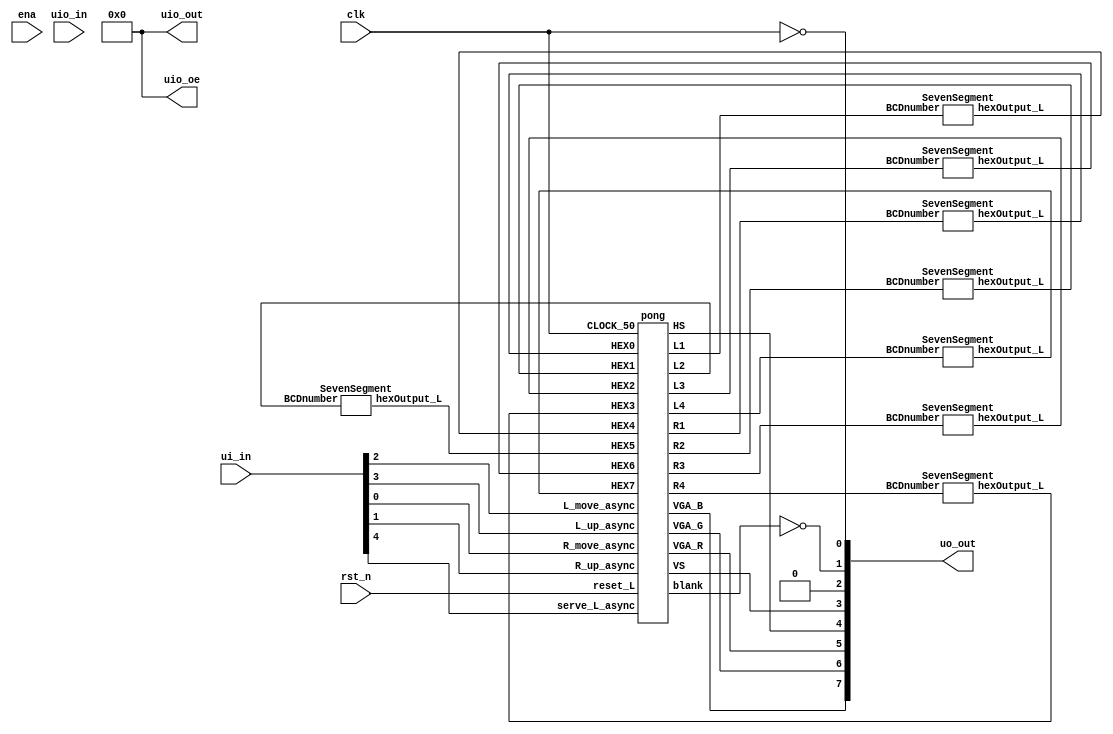
`default_nettype none
module tt_um_vzayakov_top (
	ui_in,
	uo_out,
	uio_in,
	uio_out,
	uio_oe,
	ena,
	clk,
	rst_n
);
	input wire [7:0] ui_in;
	output wire [7:0] uo_out;
	input wire [7:0] uio_in;
	output wire [7:0] uio_out;
    output wire [7:0] uio_oe;
	input wire ena;
	input wire clk;
	input wire rst_n;
	wire R_move_switch;
	wire R_up_switch;
	wire L_move_switch;
	wire L_up_switch;
	wire serve_L_button;
	wire VGA_BLANK_N;
	wire VGA_CLK;
	wire VGA_SYNC_N;
	wire VGA_VS;
	wire VGA_HS;
	wire VGA_R;
	wire VGA_G;
	wire VGA_B;
	wire [6:0] HEX0;
	wire [6:0] HEX1;
	wire [6:0] HEX2;
	wire [6:0] HEX3;
	wire [6:0] HEX4;
	wire [6:0] HEX5;
	wire [6:0] HEX6;
	wire [6:0] HEX7;
	wire blank;
	wire [8:0] row;
	wire [9:0] col;
	wire [3:0] L1;
	wire [3:0] L2;
	wire [3:0] L3;
	wire [3:0] L4;
	wire [3:0] R1;
	wire [3:0] R2;
	wire [3:0] R3;
	wire [3:0] R4;
	assign R_move_switch = ui_in[0];
	assign R_up_switch = ui_in[1];
	assign L_move_switch = ui_in[2];
	assign L_up_switch = ui_in[3];
	assign serve_L_button = ui_in[4];
	assign uo_out[0] = VGA_CLK;
	assign uo_out[1] = VGA_BLANK_N;
	assign uo_out[2] = VGA_SYNC_N;
	assign uo_out[3] = VGA_VS;
	assign uo_out[4] = VGA_HS;
	assign uo_out[5] = VGA_R;
	assign uo_out[6] = VGA_G;
	assign uo_out[7] = VGA_B;
	assign VGA_SYNC_N = 1'b0;
	assign VGA_BLANK_N = ~blank;
	assign VGA_CLK = ~clk;
	assign uio_out = 8'b0;
	assign uio_oe = 8'b0;
	pong DUT(
		.serve_L_async(serve_L_button),
		.reset_L(rst_n),
		.CLOCK_50(clk),
		.R_move_async(R_move_switch),
		.R_up_async(R_up_switch),
		.L_move_async(L_move_switch),
		.L_up_async(L_up_switch),
		.VGA_R(VGA_R),
		.VGA_G(VGA_G),
		.VGA_B(VGA_B),
		.HS(VGA_HS),
		.VS(VGA_VS),
		.blank(blank),
		.HEX0(HEX0),
		.HEX1(HEX1),
		.HEX2(HEX2),
		.HEX3(HEX3),
		.HEX4(HEX4),
		.HEX5(HEX5),
		.HEX6(HEX6),
		.HEX7(HEX7),
		.L1(L1),
		.L2(L2),
		.L3(L3),
		.L4(L4),
		.R1(R1),
		.R2(R2),
		.R3(R3),
		.R4(R4)
	);
	SevenSegment SSL1(
		.BCDnumber(L1),
		.hexOutput_L(HEX4)
	);
	SevenSegment SSL2(
		.BCDnumber(L2),
		.hexOutput_L(HEX5)
	);
	SevenSegment SSL3(
		.BCDnumber(L3),
		.hexOutput_L(HEX6)
	);
	SevenSegment SSL4(
		.BCDnumber(L4),
		.hexOutput_L(HEX7)
	);
	SevenSegment SSR1(
		.BCDnumber(R1),
		.hexOutput_L(HEX0)
	);
	SevenSegment SSR2(
		.BCDnumber(R2),
		.hexOutput_L(HEX1)
	);
	SevenSegment SSR3(
		.BCDnumber(R3),
		.hexOutput_L(HEX2)
	);
	SevenSegment SSR4(
		.BCDnumber(R4),
		.hexOutput_L(HEX3)
	);
endmodule
module SevenSegment (
	BCDnumber,
	hexOutput_L
);
	input wire [3:0] BCDnumber;
	output reg [6:0] hexOutput_L;
	always @(*)
		case (BCDnumber)
			4'd0: hexOutput_L = 7'b1000000;
			4'd1: hexOutput_L = 7'b1111001;
			4'd2: hexOutput_L = 7'b0100100;
			4'd3: hexOutput_L = 7'b0110000;
			4'd4: hexOutput_L = 7'b0011001;
			4'd5: hexOutput_L = 7'b0010010;
			4'd6: hexOutput_L = 7'b0000011;
			4'd7: hexOutput_L = 7'b1111000;
			4'd8: hexOutput_L = 7'b0000000;
			4'd9: hexOutput_L = 7'b0011000;
			default: hexOutput_L = 7'b1111111;
		endcase
endmodule
module pong (
	serve_L_async,
	reset_L,
	CLOCK_50,
	R_move_async,
	R_up_async,
	L_move_async,
	L_up_async,
	HEX0,
	HEX1,
	HEX2,
	HEX3,
	HEX4,
	HEX5,
	HEX6,
	HEX7,
	VGA_R,
	VGA_G,
	VGA_B,
	HS,
	VS,
	blank,
	L1,
	L2,
	L3,
	L4,
	R1,
	R2,
	R3,
	R4
);
	input wire serve_L_async;
	input wire reset_L;
	input wire CLOCK_50;
	input wire R_move_async;
	input wire R_up_async;
	input wire L_move_async;
	input wire L_up_async;
	input wire [6:0] HEX0;
	input wire [6:0] HEX1;
	input wire [6:0] HEX2;
	input wire [6:0] HEX3;
	input wire [6:0] HEX4;
	input wire [6:0] HEX5;
	input wire [6:0] HEX6;
	input wire [6:0] HEX7;
	output wire VGA_R;
	output wire VGA_G;
	output wire VGA_B;
	output wire HS;
	output wire VS;
	output wire blank;
	output wire [3:0] L1;
	output wire [3:0] L2;
	output wire [3:0] L3;
	output wire [3:0] L4;
	output wire [3:0] R1;
	output wire [3:0] R2;
	output wire [3:0] R3;
	output wire [3:0] R4;
	wire [8:0] row;
	wire [8:0] sum_left;
	wire [8:0] sum_right;
	wire [8:0] Q_BR;
	wire [8:0] LPad_row;
	wire [8:0] RPad_row;
	wire [9:0] col;
	wire [9:0] Q_BC;
	wire is_btwn_LPad;
	wire is_btwn_RPad;
	wire reset_paddle;
	wire reset_ballcol;
	wire reset_ballrow;
	wire preset_left;
	wire reset_left;
	wire preset_up;
	wire reset_up;
	wire clr_score;
	wire en_BR;
	wire en_BC;
	wire en_LPadR;
	wire en_RPadR;
	wire en_Lscore;
	wire en_Rscore;
	wire showScoreRight;
	wire showScoreLeft;
	wire LWin;
	wire RWin;
	reg D_left;
	wire VS_display_done;
	wire rightHit;
	wire leftHit;
	wire up;
	wire left;
	reg in_done;
	wire out_done;
	wire R_move;
	wire R_up;
	wire L_move;
	wire L_up;
	wire serve_L;
	wire isB_L1;
	wire isB_R1;
	wire isB_L2;
	wire isB_R2;
	wire isB_L3;
	wire isB_R3;
	wire isB_L4;
	wire isB_R4;
	vga vg(
		.reset(~reset_L),
		.CLOCK_50(CLOCK_50),
		.HS(HS),
		.VS(VS),
		.blank(blank),
		.row(row),
		.col(col)
	);
	Synchronizer sync1(
		.async(serve_L_async),
		.clock(CLOCK_50),
		.sync(serve_L)
	);
	Synchronizer sync2(
		.async(R_move_async),
		.clock(CLOCK_50),
		.sync(R_move)
	);
	Synchronizer sync3(
		.async(R_up_async),
		.clock(CLOCK_50),
		.sync(R_up)
	);
	Synchronizer sync4(
		.async(L_move_async),
		.clock(CLOCK_50),
		.sync(L_move)
	);
	Synchronizer sync5(
		.async(L_up_async),
		.clock(CLOCK_50),
		.sync(L_up)
	);
	pong_fsm pfsm(
		.serve_L(serve_L),
		.reset_L(reset_L),
		.LWin(LWin),
		.RWin(RWin),
		.CLOCK_50(CLOCK_50),
		.VS_display_done(VS_display_done),
		.reset_paddle(reset_paddle),
		.reset_ballcol(reset_ballcol),
		.reset_ballrow(reset_ballrow),
		.preset_left(preset_left),
		.preset_up(preset_up),
		.reset_left(reset_left),
		.reset_up(reset_up),
		.clr_score(clr_score),
		.en_BR(en_BR),
		.en_BC(en_BC),
		.en_LPadR(en_LPadR),
		.en_RPadR(en_RPadR),
		.en_Lscore(en_Lscore),
		.en_Rscore(en_Rscore),
		.showScoreRight(showScoreRight),
		.showScoreLeft(showScoreLeft)
	);
	Ball b(
		.clock(CLOCK_50),
		.reset_ballrow(reset_ballrow),
		.reset_ballcol(reset_ballcol),
		.reset_left(reset_left),
		.preset_left(preset_left),
		.reset_up(reset_up),
		.en_BR(en_BR),
		.en_BC(en_BC),
		.D_left(D_left),
		.leftHit(leftHit),
		.rightHit(rightHit),
		.RWin(RWin),
		.LWin(LWin),
		.Q_BC(Q_BC),
		.Q_BR(Q_BR),
		.up(up),
		.left(left)
	);
	Paddle leftPaddle(
		.en_P(en_LPadR),
		.move(L_move),
		.clock(CLOCK_50),
		.reset_paddle(reset_paddle),
		.up(L_up),
		.Q_P(LPad_row)
	);
	Paddle rightPaddle(
		.en_P(en_RPadR),
		.move(R_move),
		.clock(CLOCK_50),
		.reset_paddle(reset_paddle),
		.up(R_up),
		.Q_P(RPad_row)
	);
	Color c(
		.VGA_row(row),
		.VGA_col(col),
		.Q_BR(Q_BR),
		.Q_BC(Q_BC),
		.Q_LP(LPad_row),
		.Q_RP(RPad_row),
		.VGA_R(VGA_R),
		.VGA_G(VGA_G),
		.VGA_B(VGA_B),
		.showScoreRight(showScoreRight),
		.showScoreLeft(showScoreLeft),
		.isB_L1(isB_L1),
		.isB_R1(isB_R1),
		.isB_L2(isB_L2),
		.isB_R2(isB_R2),
		.isB_L3(isB_L3),
		.isB_R3(isB_R3),
		.isB_L4(isB_L4),
		.isB_R4(isB_R4)
	);
	Scoring s(
		.en_Rscore(en_Rscore),
		.en_Lscore(en_Lscore),
		.clr_score(clr_score),
		.CLOCK_50(CLOCK_50),
		.L1(L1),
		.L2(L2),
		.L3(L3),
		.L4(L4),
		.R1(R1),
		.R2(R2),
		.R3(R3),
		.R4(R4)
	);
	ScoreOnDisplay scoreL1(
		.rowChoice(9'd64),
		.colChoice(10'd200),
		.curr_row(row),
		.curr_col(col),
		.hexOutput_L(HEX4),
		.is_between(isB_L1)
	);
	ScoreOnDisplay scoreR1(
		.rowChoice(9'd64),
		.colChoice(10'd540),
		.curr_row(row),
		.curr_col(col),
		.hexOutput_L(HEX0),
		.is_between(isB_R1)
	);
	ScoreOnDisplay scoreL2(
		.rowChoice(9'd64),
		.colChoice(10'd160),
		.curr_row(row),
		.curr_col(col),
		.hexOutput_L(HEX5),
		.is_between(isB_L2)
	);
	ScoreOnDisplay scoreR2(
		.rowChoice(9'd64),
		.colChoice(10'd500),
		.curr_row(row),
		.curr_col(col),
		.hexOutput_L(HEX1),
		.is_between(isB_R2)
	);
	ScoreOnDisplay scoreL3(
		.rowChoice(9'd64),
		.colChoice(10'd120),
		.curr_row(row),
		.curr_col(col),
		.hexOutput_L(HEX6),
		.is_between(isB_L3)
	);
	ScoreOnDisplay scoreR3(
		.rowChoice(9'd64),
		.colChoice(10'd460),
		.curr_row(row),
		.curr_col(col),
		.hexOutput_L(HEX2),
		.is_between(isB_R3)
	);
	ScoreOnDisplay scoreL4(
		.rowChoice(9'd64),
		.colChoice(10'd80),
		.curr_row(row),
		.curr_col(col),
		.hexOutput_L(HEX7),
		.is_between(isB_L4)
	);
	ScoreOnDisplay scoreR4(
		.rowChoice(9'd64),
		.colChoice(10'd420),
		.curr_row(row),
		.curr_col(col),
		.hexOutput_L(HEX3),
		.is_between(isB_R4)
	);
	DFlipFlop doneff(
		.D(in_done),
		.Q(out_done),
		.clock(CLOCK_50),
		.preset_L(),
		.reset_L()
	);
	always @(*)
		if (VS_display_done)
			in_done = 1'b1;
		else
			in_done = 1'b0;
	assign VS_display_done = (((row == 9'd479) && (col == 10'd639)) && ~out_done ? 1'b1 : 1'b0);
	Adder #(.WIDTH(9)) addL(
		.A(Q_BR),
		.B(9'd3),
		.Cin(1'b0),
		.Sum(sum_left),
		.Cout()
	);
	Adder #(.WIDTH(9)) addR(
		.A(Q_BR),
		.B(9'd3),
		.Cin(1'b0),
		.Sum(sum_right),
		.Cout()
	);
	OffsetCheck #(.WIDTH(9)) oc_left(
		.low(LPad_row),
		.delta(9'd51),
		.val(sum_left),
		.is_between(is_btwn_LPad)
	);
	OffsetCheck #(.WIDTH(9)) oc_right(
		.low(RPad_row),
		.delta(9'd51),
		.val(sum_right),
		.is_between(is_btwn_RPad)
	);
	always @(*)
		if ((is_btwn_RPad && rightHit) && VS_display_done)
			D_left = 1'b1;
		else if ((is_btwn_LPad && leftHit) && VS_display_done)
			D_left = 1'b0;
		else
			D_left = left;
endmodule
module pong_fsm (
	serve_L,
	reset_L,
	LWin,
	RWin,
	CLOCK_50,
	VS_display_done,
	reset_paddle,
	reset_ballcol,
	reset_ballrow,
	preset_left,
	preset_up,
	reset_left,
	reset_up,
	clr_score,
	en_BR,
	en_BC,
	en_LPadR,
	en_RPadR,
	en_Lscore,
	en_Rscore,
	showScoreRight,
	showScoreLeft
);
	input wire serve_L;
	input wire reset_L;
	input wire LWin;
	input wire RWin;
	input wire CLOCK_50;
	input wire VS_display_done;
	output reg reset_paddle;
	output reg reset_ballcol;
	output reg reset_ballrow;
	output reg preset_left;
	output reg preset_up;
	output reg reset_left;
	output reg reset_up;
	output reg clr_score;
	output reg en_BR;
	output reg en_BC;
	output reg en_LPadR;
	output reg en_RPadR;
	output reg en_Lscore;
	output reg en_Rscore;
	output reg showScoreRight;
	output reg showScoreLeft;
	wire [3:0] currState;
	reg [3:0] nextState;
	DFlipFlop dff0(
		.D(nextState[0]),
		.Q(currState[0]),
		.clock(CLOCK_50),
		.reset_L(reset_L),
		.preset_L(1'b1)
	);
	DFlipFlop dff1(
		.D(nextState[1]),
		.Q(currState[1]),
		.clock(CLOCK_50),
		.reset_L(reset_L),
		.preset_L(1'b1)
	);
	DFlipFlop dff2(
		.D(nextState[2]),
		.Q(currState[2]),
		.clock(CLOCK_50),
		.reset_L(reset_L),
		.preset_L(1'b1)
	);
	DFlipFlop dff3(
		.D(nextState[3]),
		.Q(currState[3]),
		.clock(CLOCK_50),
		.reset_L(reset_L),
		.preset_L(1'b1)
	);
	always @(*) begin
		reset_paddle = 1'b0;
		reset_ballcol = 1'b0;
		reset_ballrow = 1'b0;
		preset_left = 1'b0;
		preset_up = 1'b0;
		reset_left = 1'b0;
		reset_up = 1'b0;
		clr_score = 1'b0;
		en_BR = 1'b0;
		en_BC = 1'b0;
		en_LPadR = 1'b0;
		en_RPadR = 1'b0;
		en_Lscore = 1'b0;
		en_Rscore = 1'b0;
		showScoreLeft = 1'b0;
		showScoreRight = 1'b0;
		case (currState)
			4'b0000: begin
				nextState = 4'b0001;
				reset_up = 1'b1;
				reset_left = 1'b1;
				reset_paddle = 1'b1;
				reset_ballcol = 1'b1;
				reset_ballrow = 1'b1;
				clr_score = 1'b1;
				en_BR = 1'b1;
				en_BC = 1'b1;
				en_LPadR = 1'b1;
				en_RPadR = 1'b1;
			end
			4'b0001:
				if (~serve_L && VS_display_done)
					nextState = 4'b0011;
				else
					nextState = 4'b0001;
			4'b0010: begin
				nextState = 4'b0100;
				preset_left = 1'b1;
				reset_up = 1'b1;
				en_BR = 1'b1;
				en_BC = 1'b1;
				en_LPadR = 1'b1;
				en_RPadR = 1'b1;
			end
			4'b0011: begin
				nextState = 4'b0100;
				reset_left = 1'b1;
				reset_up = 1'b1;
				en_BR = 1'b1;
				en_BC = 1'b1;
				en_LPadR = 1'b1;
				en_RPadR = 1'b1;
			end
			4'b0100:
				if (LWin && VS_display_done)
					nextState = 4'b0101;
				else if (RWin && VS_display_done)
					nextState = 4'b0110;
				else if (VS_display_done)
					nextState = 4'b1001;
				else
					nextState = 4'b0100;
			4'b1001: begin
				nextState = 4'b0100;
				en_BR = 1'b1;
				en_BC = 1'b1;
				en_LPadR = 1'b1;
				en_RPadR = 1'b1;
			end
			4'b0101: begin
				nextState = 4'b0111;
				reset_up = 1'b1;
				reset_paddle = 1'b1;
				reset_ballcol = 1'b1;
				reset_ballrow = 1'b1;
				en_BR = 1'b1;
				en_BC = 1'b1;
				en_Lscore = 1'b1;
				en_LPadR = 1'b1;
				en_RPadR = 1'b1;
			end
			4'b0110: begin
				nextState = 4'b1000;
				reset_up = 1'b1;
				reset_paddle = 1'b1;
				reset_ballcol = 1'b1;
				reset_ballrow = 1'b1;
				en_BR = 1'b1;
				en_BC = 1'b1;
				en_Rscore = 1'b1;
				en_LPadR = 1'b1;
				en_RPadR = 1'b1;
			end
			4'b0111: begin
				if (~serve_L && VS_display_done)
					nextState = 4'b0011;
				else
					nextState = 4'b0111;
				showScoreLeft = 1'b1;
			end
			4'b1000: begin
				if (~serve_L && VS_display_done)
					nextState = 4'b0010;
				else
					nextState = 4'b1000;
				showScoreRight = 1'b1;
			end
			default:
				nextState = 4'b0000;
		endcase
	end
endmodule
module Ball (
	clock,
	reset_ballrow,
	reset_ballcol,
	reset_left,
	preset_left,
	reset_up,
	en_BR,
	en_BC,
	D_left,
	leftHit,
	rightHit,
	RWin,
	LWin,
	Q_BC,
	Q_BR,
	up,
	left
);
	input wire clock;
	input wire reset_ballrow;
	input wire reset_ballcol;
	input wire reset_left;
	input wire preset_left;
	input wire reset_up;
	input wire en_BR;
	input wire en_BC;
	input wire D_left;
	output wire leftHit;
	output wire rightHit;
	output wire RWin;
	output wire LWin;
	output wire [9:0] Q_BC;
	output wire [8:0] Q_BR;
	output wire up;
	output wire left;
	wire cout1;
	wire cout2;
	wire ballTop;
	wire ballBottom;
	wire [9:0] addLeftIn;
	wire [9:0] D_BC;
	wire [8:0] D_BR;
	wire [8:0] addUpIn;
	wire Q_up;
	wire Q_left;
	reg D_up;
	wire [8:0] resetBallRow;
	wire [9:0] resetBallCol;
	Register #(.WIDTH(9)) BallRow(
		.en(en_BR),
		.clear(1'b0),
		.D(D_BR),
		.Q(Q_BR),
		.clock(clock)
	);
	Register #(.WIDTH(10)) BallCol(
		.en(en_BC),
		.clear(1'b0),
		.D(D_BC),
		.Q(Q_BC),
		.clock(clock)
	);
	Mux2to1 #(.WIDTH(9)) MuxUp(
		.I0(9'd1),
		.I1(9'b111111111),
		.S(Q_up),
		.Y(addUpIn)
	);
	Mux2to1 #(.WIDTH(10)) MuxLeft(
		.I0(10'd2),
		.I1(10'b1111111110),
		.S(Q_left),
		.Y(addLeftIn)
	);
	Adder #(.WIDTH(9)) RowAdd(
		.Cin(1'b0),
		.Cout(cout1),
		.A(addUpIn),
		.B(Q_BR),
		.Sum(resetBallRow)
	);
	Adder #(.WIDTH(10)) ColAdd(
		.Cin(1'b0),
		.Cout(cout2),
		.A(addLeftIn),
		.B(Q_BC),
		.Sum(resetBallCol)
	);
	Mux2to1 #(.WIDTH(9)) ResetRow(
		.I0(resetBallRow),
		.I1(9'd238),
		.S(reset_ballrow),
		.Y(D_BR)
	);
	Mux2to1 #(.WIDTH(10)) ResetCol(
		.I0(resetBallCol),
		.I1(10'd318),
		.S(reset_ballcol),
		.Y(D_BC)
	);
	MagComp #(.WIDTH(9)) mc1(
		.A(Q_BR),
		.B(9'd0),
		.AltB(),
		.AgtB(),
		.AeqB(ballTop)
	);
	MagComp #(.WIDTH(9)) mc2(
		.A(Q_BR),
		.B(9'd476),
		.AltB(),
		.AgtB(),
		.AeqB(ballBottom)
	);
	MagComp #(.WIDTH(10)) mc3(
		.A(Q_BC),
		.B(10'd64),
		.AltB(),
		.AgtB(),
		.AeqB(leftHit)
	);
	MagComp #(.WIDTH(10)) mc4(
		.A(Q_BC),
		.B(10'd572),
		.AltB(),
		.AgtB(),
		.AeqB(rightHit)
	);
	MagComp #(.WIDTH(10)) mc5(
		.A(Q_BC),
		.B(10'd0),
		.AltB(),
		.AgtB(),
		.AeqB(RWin)
	);
	MagComp #(.WIDTH(10)) mc6(
		.A(Q_BC),
		.B(10'd636),
		.AltB(),
		.AgtB(),
		.AeqB(LWin)
	);
	DFlipFlop leftff(
		.D(D_left),
		.preset_L(~preset_left),
		.reset_L(~reset_left),
		.clock(clock),
		.Q(Q_left)
	);
	DFlipFlop upff(
		.D(D_up),
		.preset_L(1'b1),
		.reset_L(~reset_up),
		.clock(clock),
		.Q(Q_up)
	);
	assign up = Q_up;
	assign left = Q_left;
	always @(*)
		if (ballTop)
			D_up = 1'b0;
		else if (ballBottom)
			D_up = 1'b1;
		else
			D_up = Q_up;
endmodule
module Paddle (
	en_P,
	move,
	clock,
	reset_paddle,
	up,
	Q_P
);
	input wire en_P;
	input wire move;
	input wire clock;
	input wire reset_paddle;
	input wire up;
	output wire [8:0] Q_P;
	wire cout;
	wire bounds0lt;
	wire bounds1gt;
	reg [8:0] AddIn;
	wire [8:0] D_P;
	wire [8:0] M_P;
	Register #(.WIDTH(9)) PaddleRow(
		.en(en_P),
		.clear(1'b0),
		.D(D_P),
		.Q(Q_P),
		.clock(clock)
	);
	Adder #(.WIDTH(9)) PaddleRowAdd(
		.A(AddIn),
		.B(Q_P),
		.Cin(1'b0),
		.Sum(M_P),
		.Cout(cout)
	);
	Mux2to1 #(.WIDTH(9)) resetPaddle(
		.I0(M_P),
		.I1(9'd215),
		.S(reset_paddle),
		.Y(D_P)
	);
	MagComp #(.WIDTH(9)) bounds0(
		.A(Q_P),
		.B(9'd5),
		.AltB(bounds0lt),
		.AgtB(),
		.AeqB()
	);
	MagComp #(.WIDTH(9)) bounds1(
		.A(Q_P),
		.B(9'd426),
		.AltB(),
		.AgtB(bounds1gt),
		.AeqB()
	);
	always @(*)
		if (bounds0lt & up)
			case (Q_P)
				9'd4: AddIn = 9'b111111100;
				9'd3: AddIn = 9'b111111101;
				9'd2: AddIn = 9'b111111110;
				9'd1: AddIn = 9'b111111111;
				default: AddIn = 9'd0;
			endcase
		else if (bounds1gt & ~up)
			case (Q_P)
				9'd427: AddIn = 9'd4;
				9'd428: AddIn = 9'd3;
				9'd429: AddIn = 9'd2;
				9'd430: AddIn = 9'd1;
				default: AddIn = 9'd0;
			endcase
		else if (move & ~up)
			AddIn = 9'd5;
		else if (move & up)
			AddIn = 9'b111111011;
		else
			AddIn = 9'd0;
endmodule
module Color (
	VGA_row,
	VGA_col,
	Q_BC,
	Q_BR,
	Q_LP,
	Q_RP,
	showScoreLeft,
	showScoreRight,
	isB_L1,
	isB_R1,
	isB_L2,
	isB_R2,
	isB_L3,
	isB_R3,
	isB_L4,
	isB_R4,
	VGA_R,
	VGA_G,
	VGA_B
);
	input wire [8:0] VGA_row;
	input wire [9:0] VGA_col;
	input wire [9:0] Q_BC;
	input wire [8:0] Q_BR;
	input wire [8:0] Q_LP;
	input wire [8:0] Q_RP;
	input wire showScoreLeft;
	input wire showScoreRight;
	input wire isB_L1;
	input wire isB_R1;
	input wire isB_L2;
	input wire isB_R2;
	input wire isB_L3;
	input wire isB_R3;
	input wire isB_L4;
	input wire isB_R4;
	output reg VGA_R;
	output reg VGA_G;
	output reg VGA_B;
	wire BR_isB;
	wire BC_isB;
	wire LPR_isB;
	wire LPC_isB;
	wire RPR_isB;
	wire RPC_isB;
	wire rowBound;
	wire rowBound1;
	wire colBound;
	wire colBound1;
	wire RSC_isB;
	wire LSC_isB;
	wire SR_isB;
	wire showScore;
	assign showScore = showScoreLeft | showScoreRight;
	OffsetCheck #(.WIDTH(9)) BallRow(
		.low(Q_BR),
		.delta(9'd3),
		.val(VGA_row),
		.is_between(BR_isB)
	);
	OffsetCheck #(.WIDTH(10)) BallCol(
		.low(Q_BC),
		.delta(10'd3),
		.val(VGA_col),
		.is_between(BC_isB)
	);
	OffsetCheck #(.WIDTH(9)) LPaddleRow(
		.low(Q_LP),
		.delta(9'd47),
		.val(VGA_row),
		.is_between(LPR_isB)
	);
	OffsetCheck #(.WIDTH(10)) LPaddleCol(
		.low(10'd60),
		.delta(10'd3),
		.val(VGA_col),
		.is_between(LPC_isB)
	);
	OffsetCheck #(.WIDTH(9)) RPaddleRow(
		.low(Q_RP),
		.delta(9'd47),
		.val(VGA_row),
		.is_between(RPR_isB)
	);
	OffsetCheck #(.WIDTH(10)) RPaddleCol(
		.low(10'd577),
		.delta(10'd3),
		.val(VGA_col),
		.is_between(RPC_isB)
	);
	RangeCheck #(.WIDTH(10)) rightScoreCol(
		.low(10'd470),
		.high(10'd490),
		.val(VGA_col),
		.is_between(RSC_isB)
	);
	RangeCheck #(.WIDTH(10)) leftScoreCol(
		.low(10'd150),
		.high(10'd170),
		.val(VGA_col),
		.is_between(LSC_isB)
	);
	RangeCheck #(.WIDTH(9)) ScoreRow(
		.low(9'd230),
		.high(9'd250),
		.val(VGA_row),
		.is_between(SR_isB)
	);
	MagComp #(.WIDTH(9)) RowBoundary(
		.A(9'd0),
		.B(VGA_row),
		.AeqB(rowBound),
		.AltB(),
		.AgtB()
	);
	MagComp #(.WIDTH(9)) RowBoundary1(
		.A(9'd479),
		.B(VGA_row),
		.AeqB(rowBound1),
		.AltB(),
		.AgtB()
	);
	MagComp #(.WIDTH(10)) ColBoundary(
		.A(10'd0),
		.B(VGA_col),
		.AeqB(colBound),
		.AltB(),
		.AgtB()
	);
	MagComp #(.WIDTH(10)) ColBoundary1(
		.A(10'd639),
		.B(VGA_col),
		.AeqB(colBound1),
		.AltB(),
		.AgtB()
	);
	always @(*)
		if (BR_isB & BC_isB) begin
			VGA_R = 1'b1;
			VGA_G = 1'b1;
			VGA_B = 1'b1;
		end
		else if (LPR_isB & LPC_isB) begin
			VGA_R = 1'b1;
			VGA_G = 1'b1;
			VGA_B = 1'b0;
		end
		else if (RPR_isB & RPC_isB) begin
			VGA_R = 1'b0;
			VGA_G = 1'b1;
			VGA_B = 1'b1;
		end
		else if (((rowBound | rowBound1) | colBound) | colBound1) begin
			VGA_R = 1'b1;
			VGA_G = 1'b0;
			VGA_B = 1'b0;
		end
		else if ((RSC_isB & SR_isB) & showScoreRight) begin
			VGA_R = 1'b0;
			VGA_G = 1'b1;
			VGA_B = 1'b0;
		end
		else if ((LSC_isB & SR_isB) & showScoreLeft) begin
			VGA_R = 1'b0;
			VGA_G = 1'b1;
			VGA_B = 1'b0;
		end
		else if ((isB_L1 | isB_R1) & showScore) begin
			VGA_R = 1'b1;
			VGA_G = 1'b0;
			VGA_B = 1'b1;
		end
		else if ((isB_L2 | isB_R2) & showScore) begin
			VGA_R = 1'b0;
			VGA_G = 1'b0;
			VGA_B = 1'b1;
		end
		else if ((isB_L3 | isB_R3) & showScore) begin
			VGA_R = 1'b0;
			VGA_G = 1'b1;
			VGA_B = 1'b0;
		end
		else if ((isB_L4 | isB_R4) & showScore) begin
			VGA_R = 1'b1;
			VGA_G = 1'b1;
			VGA_B = 1'b0;
		end
		else begin
			VGA_R = 1'b0;
			VGA_G = 1'b0;
			VGA_B = 1'b0;
		end
endmodule
module Scoring (
	en_Rscore,
	en_Lscore,
	clr_score,
	CLOCK_50,
	L1,
	L2,
	L3,
	L4,
	R1,
	R2,
	R3,
	R4
);
	input wire en_Rscore;
	input wire en_Lscore;
	input wire clr_score;
	input wire CLOCK_50;
	output wire [3:0] L1;
	output wire [3:0] L2;
	output wire [3:0] L3;
	output wire [3:0] L4;
	output wire [3:0] R1;
	output wire [3:0] R2;
	output wire [3:0] R3;
	output wire [3:0] R4;
	wire L1_gt9;
	wire L2_gt9;
	wire L3_gt9;
	wire L4_gt9;
	wire R1_gt9;
	wire R2_gt9;
	wire R3_gt9;
	wire R4_gt9;
	wire clr_L1;
	wire clr_L2;
	wire clr_L3;
	wire clr_L4;
	wire clr_R1;
	wire clr_R2;
	wire clr_R3;
	wire clr_R4;
	MagComp #(.WIDTH(4)) L1gt9(
		.A(L1),
		.B(4'd9),
		.AgtB(L1_gt9),
		.AeqB(),
		.AltB()
	);
	MagComp #(.WIDTH(4)) L2gt9(
		.A(L2),
		.B(4'd9),
		.AgtB(L2_gt9),
		.AeqB(),
		.AltB()
	);
	MagComp #(.WIDTH(4)) L3gt9(
		.A(L3),
		.B(4'd9),
		.AgtB(L3_gt9),
		.AeqB(),
		.AltB()
	);
	MagComp #(.WIDTH(4)) L4gt9(
		.A(L4),
		.B(4'd9),
		.AgtB(L4_gt9),
		.AeqB(),
		.AltB()
	);
	MagComp #(.WIDTH(4)) R1gt9(
		.A(R1),
		.B(4'd9),
		.AgtB(R1_gt9),
		.AeqB(),
		.AltB()
	);
	MagComp #(.WIDTH(4)) R2gt9(
		.A(R2),
		.B(4'd9),
		.AgtB(R2_gt9),
		.AeqB(),
		.AltB()
	);
	MagComp #(.WIDTH(4)) R3gt9(
		.A(R3),
		.B(4'd9),
		.AgtB(R3_gt9),
		.AeqB(),
		.AltB()
	);
	MagComp #(.WIDTH(4)) R4gt9(
		.A(R4),
		.B(4'd9),
		.AgtB(R4_gt9),
		.AeqB(),
		.AltB()
	);
	assign clr_L1 = L1_gt9 | clr_score;
	assign clr_L2 = L2_gt9 | clr_score;
	assign clr_L3 = L3_gt9 | clr_score;
	assign clr_L4 = L4_gt9 | clr_score;
	assign clr_R1 = R1_gt9 | clr_score;
	assign clr_R2 = R2_gt9 | clr_score;
	assign clr_R3 = R3_gt9 | clr_score;
	assign clr_R4 = R4_gt9 | clr_score;
	Counter #(.WIDTH(4)) LScore1(
		.en(en_Lscore),
		.clear(clr_L1),
		.load(1'b0),
		.up(1'b1),
		.clock(CLOCK_50),
		.D(4'b0000),
		.Q(L1)
	);
	Counter #(.WIDTH(4)) LScore2(
		.en(L1_gt9),
		.clear(clr_L2),
		.load(1'b0),
		.up(1'b1),
		.clock(CLOCK_50),
		.D(4'b0000),
		.Q(L2)
	);
	Counter #(.WIDTH(4)) LScore3(
		.en(L2_gt9),
		.clear(clr_L3),
		.load(1'b0),
		.up(1'b1),
		.clock(CLOCK_50),
		.D(4'b0000),
		.Q(L3)
	);
	Counter #(.WIDTH(4)) LScore4(
		.en(L3_gt9),
		.clear(clr_L4),
		.load(1'b0),
		.up(1'b1),
		.clock(CLOCK_50),
		.D(4'b0000),
		.Q(L4)
	);
	Counter #(.WIDTH(4)) RScore1(
		.en(en_Rscore),
		.clear(clr_R1),
		.load(1'b0),
		.up(1'b1),
		.clock(CLOCK_50),
		.D(4'b0000),
		.Q(R1)
	);
	Counter #(.WIDTH(4)) RScore2(
		.en(R1_gt9),
		.clear(clr_R2),
		.load(1'b0),
		.up(1'b1),
		.clock(CLOCK_50),
		.D(4'b0000),
		.Q(R2)
	);
	Counter #(.WIDTH(4)) RScore3(
		.en(R2_gt9),
		.clear(clr_R3),
		.load(1'b0),
		.up(1'b1),
		.clock(CLOCK_50),
		.D(4'b0000),
		.Q(R3)
	);
	Counter #(.WIDTH(4)) RScore4(
		.en(R3_gt9),
		.clear(clr_R4),
		.load(1'b0),
		.up(1'b1),
		.clock(CLOCK_50),
		.D(4'b0000),
		.Q(R4)
	);
endmodule
module ScoreOnDisplay (
	rowChoice,
	curr_row,
	colChoice,
	curr_col,
	hexOutput_L,
	is_between
);
	input wire [8:0] rowChoice;
	input wire [8:0] curr_row;
	input wire [9:0] colChoice;
	input wire [9:0] curr_col;
	input wire [6:0] hexOutput_L;
	output wire is_between;
	wire [9:0] a1_out;
	wire [8:0] a2_out;
	wire [8:0] a3_out;
	wire isB_Arow;
	wire isB_Acol;
	wire isB_Brow;
	wire isB_Bcol;
	wire isB_Crow;
	wire isB_Ccol;
	wire isB_Drow;
	wire isB_Dcol;
	wire isB_Erow;
	wire isB_Ecol;
	wire isB_Frow;
	wire isB_Fcol;
	wire isB_Grow;
	wire isB_Gcol;
	wire isA;
	wire isB;
	wire isC;
	wire isD;
	wire isE;
	wire isF;
	wire isG;
	assign isA = (isB_Arow & isB_Acol) & ~hexOutput_L[0];
	assign isB = (isB_Brow & isB_Bcol) & ~hexOutput_L[1];
	assign isC = (isB_Crow & isB_Ccol) & ~hexOutput_L[2];
	assign isD = (isB_Drow & isB_Dcol) & ~hexOutput_L[3];
	assign isE = (isB_Erow & isB_Ecol) & ~hexOutput_L[4];
	assign isF = (isB_Frow & isB_Fcol) & ~hexOutput_L[5];
	assign isG = (isB_Grow & isB_Gcol) & ~hexOutput_L[6];
	assign is_between = (((((isA | isB) | isC) | isD) | isE) | isF) | isG;
	Adder #(.WIDTH(10)) a1(
		.A(colChoice),
		.B(10'd20),
		.Sum(a1_out),
		.Cout(),
		.Cin(1'b0)
	);
	Adder #(.WIDTH(9)) a2(
		.A(rowChoice),
		.B(9'd20),
		.Sum(a2_out),
		.Cout(),
		.Cin(1'b0)
	);
	Adder #(.WIDTH(9)) a3(
		.A(rowChoice),
		.B(9'd40),
		.Sum(a3_out),
		.Cout(),
		.Cin(1'b0)
	);
	OffsetCheck #(.WIDTH(9)) A_row(
		.low(rowChoice),
		.delta(9'd2),
		.val(curr_row),
		.is_between(isB_Arow)
	);
	OffsetCheck #(.WIDTH(10)) A_col(
		.low(colChoice),
		.delta(10'd20),
		.val(curr_col),
		.is_between(isB_Acol)
	);
	OffsetCheck #(.WIDTH(9)) B_row(
		.low(rowChoice),
		.delta(9'd20),
		.val(curr_row),
		.is_between(isB_Brow)
	);
	OffsetCheck #(.WIDTH(10)) B_col(
		.low(a1_out),
		.delta(10'd2),
		.val(curr_col),
		.is_between(isB_Bcol)
	);
	OffsetCheck #(.WIDTH(9)) C_row(
		.low(rowChoice + 9'd20),
		.delta(9'd20),
		.val(curr_row),
		.is_between(isB_Crow)
	);
	OffsetCheck #(.WIDTH(10)) C_col(
		.low(a1_out),
		.delta(10'd2),
		.val(curr_col),
		.is_between(isB_Ccol)
	);
	OffsetCheck #(.WIDTH(9)) D_row(
		.low(a3_out),
		.delta(9'd2),
		.val(curr_row),
		.is_between(isB_Drow)
	);
	OffsetCheck #(.WIDTH(10)) D_col(
		.low(colChoice),
		.delta(10'd20),
		.val(curr_col),
		.is_between(isB_Dcol)
	);
	OffsetCheck #(.WIDTH(9)) E_row(
		.low(a2_out),
		.delta(9'd20),
		.val(curr_row),
		.is_between(isB_Erow)
	);
	OffsetCheck #(.WIDTH(10)) E_col(
		.low(colChoice),
		.delta(10'd2),
		.val(curr_col),
		.is_between(isB_Ecol)
	);
	OffsetCheck #(.WIDTH(9)) F_row(
		.low(rowChoice),
		.delta(9'd20),
		.val(curr_row),
		.is_between(isB_Frow)
	);
	OffsetCheck #(.WIDTH(10)) F_col(
		.low(colChoice),
		.delta(10'd2),
		.val(curr_col),
		.is_between(isB_Fcol)
	);
	OffsetCheck #(.WIDTH(9)) G_row(
		.low(a2_out),
		.delta(9'd2),
		.val(curr_row),
		.is_between(isB_Grow)
	);
	OffsetCheck #(.WIDTH(10)) G_col(
		.low(colChoice),
		.delta(10'd20),
		.val(curr_col),
		.is_between(isB_Gcol)
	);
endmodule
module vga (
	CLOCK_50,
	reset,
	HS,
	VS,
	blank,
	row,
	col
);
	input wire CLOCK_50;
	input wire reset;
	output wire HS;
	output wire VS;
	output wire blank;
	output wire [8:0] row;
	output wire [9:0] col;
	reg en_vs;
	wire en_hs;
	wire en_row;
	wire en_col;
	reg clear_vs;
	wire clear_hs;
	reg clear_row;
	wire clear_col;
	wire [19:0] Q_VS;
	reg [19:0] D_VS;
	wire [10:0] Q_HS;
	reg [10:0] D_HS;
	wire [8:0] Q_row;
	wire [9:0] Q_col;
	reg load_vs;
	reg load_hs;
	wire VS_done;
	wire HS_done;
	wire isB_vp;
	wire isB_vd;
	wire isB_hp;
	wire isB_hd;
	MagComp #(.WIDTH(20)) vs_done(
		.A(Q_VS),
		.B(20'd833599),
		.AeqB(VS_done),
		.AgtB(),
		.AltB()
	);
	MagComp #(.WIDTH(11)) hs_done(
		.A(Q_HS),
		.B(11'd1599),
		.AeqB(HS_done),
		.AgtB(),
		.AltB()
	);
	Counter #(.WIDTH(20)) VSCounter(
		.en(en_vs),
		.clear(clear_vs),
		.load(load_vs),
		.up(1'b1),
		.clock(CLOCK_50),
		.D(D_VS),
		.Q(Q_VS)
	);
	Counter #(.WIDTH(11)) HSCounter(
		.en(en_hs),
		.clear(clear_hs),
		.load(load_hs),
		.up(1'b1),
		.clock(CLOCK_50),
		.D(D_HS),
		.Q(Q_HS)
	);
	Counter #(.WIDTH(9)) RowCounter(
		.en(en_row),
		.clear(clear_row),
		.load(),
		.up(1'b1),
		.clock(CLOCK_50),
		.D(),
		.Q(Q_row)
	);
	Counter #(.WIDTH(10)) ColCounter(
		.en(en_col),
		.clear(clear_col),
		.load(),
		.up(1'b1),
		.clock(CLOCK_50),
		.D(),
		.Q(Q_col)
	);
	RangeCheck #(.WIDTH(20)) VS_pulse(
		.val(Q_VS),
		.high(20'd3199),
		.low(20'd0),
		.is_between(isB_vp)
	);
	RangeCheck #(.WIDTH(20)) VS_display(
		.val(Q_VS),
		.high(20'd817599),
		.low(20'd49600),
		.is_between(isB_vd)
	);
	RangeCheck #(.WIDTH(11)) HS_pulse(
		.val(Q_HS),
		.high(11'd191),
		.low(11'd0),
		.is_between(isB_hp)
	);
	RangeCheck #(.WIDTH(11)) HS_display(
		.val(Q_HS),
		.high(11'd1567),
		.low(11'd288),
		.is_between(isB_hd)
	);
	wire [1:0] currState;
	reg [1:0] nextState;
	DFlipFlop dff0(
		.D(nextState[0]),
		.Q(currState[0]),
		.clock(CLOCK_50),
		.reset_L(~reset),
		.preset_L(1'b1)
	);
	DFlipFlop dff1(
		.D(nextState[1]),
		.Q(currState[1]),
		.clock(CLOCK_50),
		.reset_L(~reset),
		.preset_L(1'b1)
	);
	assign en_col = ~Q_HS[0] & isB_hd;
	assign en_row = HS_done & isB_vd;
	assign en_hs = ~HS_done;
	assign clear_hs = HS_done;
	assign clear_col = HS_done | (currState == 2'b00);
	always @(*) begin
		en_vs = 1'b0;
		load_vs = 1'b0;
		load_hs = 1'b0;
		clear_vs = 1'b0;
		D_HS = 11'd0;
		D_VS = 20'd0;
		clear_row = 1'b0;
		case (currState)
			2'b00: begin
				nextState = 2'b01;
				clear_row = 1'b1;
				load_vs = 1'b1;
				load_hs = 1'b1;
				D_HS = 11'd1;
				D_VS = 20'd1;
				en_vs = 1'b0;
			end
			2'b01:
				if (VS_done) begin
					nextState = 2'b10;
					clear_vs = 1'b1;
					clear_row = 1'b1;
					en_vs = 1'b0;
				end
				else begin
					nextState = 2'b01;
					en_vs = 1'b1;
					clear_row = 1'b0;
					load_vs = 1'b0;
					load_hs = 1'b0;
				end
			2'b10: begin
				nextState = 2'b01;
				en_vs = 1'b1;
				clear_vs = 1'b0;
				clear_row = 1'b0;
			end
			default:
				nextState = 2'b00;
		endcase
	end
	assign HS = ~isB_hp;
	assign VS = ~isB_vp;
	assign blank = ~(isB_vd & isB_hd);
	assign row = Q_row;
	assign col = Q_col;
endmodule
module Adder (
	A,
	B,
	Cin,
	Sum,
	Cout
);
	parameter WIDTH = 8;
	input wire [WIDTH - 1:0] A;
	input wire [WIDTH - 1:0] B;
	input wire Cin;
	output wire [WIDTH - 1:0] Sum;
	output wire Cout;
	assign {Cout, Sum} = (A + B) + Cin;
endmodule
module Mux2to1 (
	I0,
	I1,
	S,
	Y
);
	parameter WIDTH = 8;
	input wire [WIDTH - 1:0] I0;
	input wire [WIDTH - 1:0] I1;
	input wire S;
	output wire [WIDTH - 1:0] Y;
	assign Y = (S ? I1 : I0);
endmodule
module DFlipFlop (
	Q,
	D,
	clock,
	reset_L,
	preset_L
);
	output reg Q;
	input wire D;
	input wire clock;
	input wire reset_L;
	input wire preset_L;
	always @(posedge clock)
		if (~reset_L)
			Q <= 0;
		else if (~preset_L)
			Q <= 1;
		else
			Q <= D;
endmodule
module Register (
	en,
	clear,
	clock,
	D,
	Q
);
	parameter WIDTH = 8;
	input wire en;
	input wire clear;
	input wire clock;
	input wire [WIDTH - 1:0] D;
	output reg [WIDTH - 1:0] Q;
	always @(posedge clock)
		if (en)
			Q <= D;
		else if (clear)
			Q <= 1'sb0;
endmodule
module Counter (
	en,
	clear,
	load,
	up,
	clock,
	D,
	Q
);
	parameter WIDTH = 8;
	input wire en;
	input wire clear;
	input wire load;
	input wire up;
	input wire clock;
	input wire [WIDTH - 1:0] D;
	output reg [WIDTH - 1:0] Q;
	always @(posedge clock)
		if (clear)
			Q <= 1'sb0;
		else if (load)
			Q <= D;
		else if (en & up)
			Q <= Q + 1;
		else if (en & ~up)
			Q <= Q - 1;
endmodule
module Synchronizer (
	async,
	clock,
	sync
);
	input wire async;
	input wire clock;
	output reg sync;
	reg async_1;
	always @(posedge clock) begin
		async_1 <= async;
		sync <= async_1;
	end
endmodule
module MagComp (
	A,
	B,
	AltB,
	AeqB,
	AgtB
);
	parameter WIDTH = 8;
	input wire [WIDTH - 1:0] A;
	input wire [WIDTH - 1:0] B;
	output wire AltB;
	output wire AeqB;
	output wire AgtB;
	assign AeqB = A == B;
	assign AltB = A < B;
	assign AgtB = A > B;
endmodule
module RangeCheck (
	val,
	high,
	low,
	is_between
);
	parameter WIDTH = 8;
	input wire [WIDTH - 1:0] val;
	input wire [WIDTH - 1:0] high;
	input wire [WIDTH - 1:0] low;
	output reg is_between;
	wire valLtHigh;
	wire valGtHigh;
	wire valEqHigh;
	wire valLtLow;
	wire valGtLow;
	wire valEqLow;
	MagComp #(.WIDTH(WIDTH)) comp1(
		.A(val),
		.B(high),
		.AeqB(valEqHigh),
		.AgtB(valGtHigh),
		.AltB(valLtHigh)
	);
	MagComp #(.WIDTH(WIDTH)) comp2(
		.A(val),
		.B(low),
		.AeqB(valEqLow),
		.AgtB(valGtLow),
		.AltB(valLtLow)
	);
	always @(*)
		if (valGtHigh | valLtLow)
			is_between = 1'b0;
		else
			is_between = 1'b1;
endmodule
module OffsetCheck (
	delta,
	low,
	val,
	is_between
);
	parameter WIDTH = 8;
	input wire [WIDTH - 1:0] delta;
	input wire [WIDTH - 1:0] low;
	input wire [WIDTH - 1:0] val;
	output wire is_between;
	wire [WIDTH - 1:0] sum;
	wire cout;
	wire [WIDTH:0] full_sum;
	wire [WIDTH:0] full_val;
	wire [WIDTH:0] full_low;
	Adder #(.WIDTH(WIDTH)) add(
		.A(low),
		.B(delta),
		.Cin(1'b0),
		.Sum(sum),
		.Cout(cout)
	);
	assign full_sum = {cout, sum};
	assign full_val = {1'b0, val};
	assign full_low = {1'b0, low};
	RangeCheck #(.WIDTH(WIDTH + 1)) rc(
		.val(full_val),
		.high(full_sum),
		.low(full_low),
		.is_between(is_between)
	);
endmodule